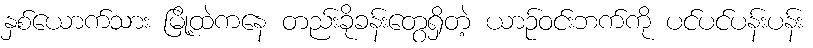
နှစ်ယောက်သား မြို့ထဲကနေ တည်းခိုခန်းတွေရှိတဲ့ ယာဉ်ဝင်းဘက်ကို ပင်ပင်ပန်းပန်း